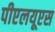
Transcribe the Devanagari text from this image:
पीएलयूएस